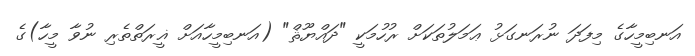
އަނބިމީހާގެ މިފަދަ ނުރަނގަޅު ޢަމަލުތަކަށް ރުހުމަކީ "ދައްޔޫޘް" (އަނބިމީހާއަށް ޣީރަތްތެރި ނުވާ މީހާ)ގެ